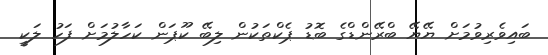
ބައިވެރިވުމަށް ޔޭޔޭ ބްރޭންޑްގެ ބޮޑު ޕެކްތަކުން ލިބޭ ކޫޕަން ކަހާލުމަށް ފަހު ލަކީ